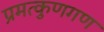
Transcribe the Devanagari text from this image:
प्रमत्कुणगण